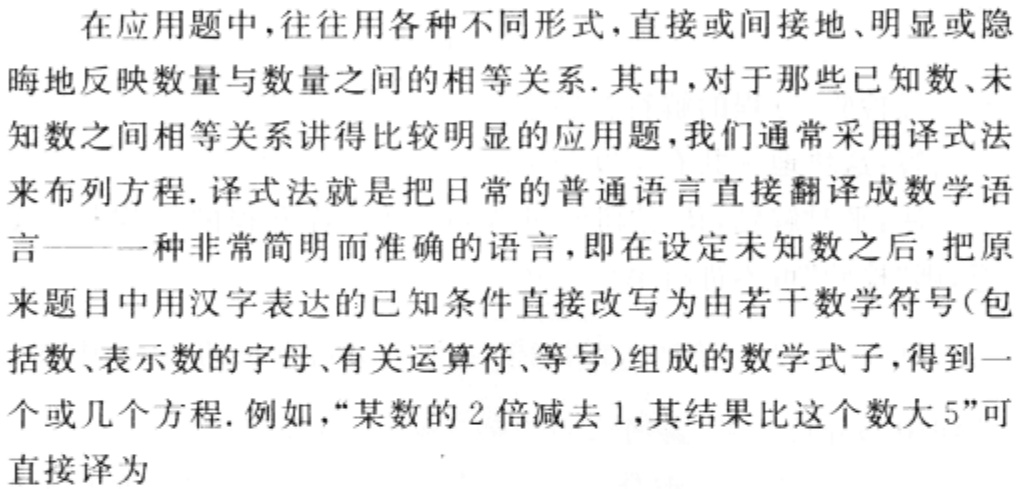
在应用题中，往往用各种不同形式，直接或间接地、明显或隐晦地反映数量与数量之间的相等关系. 其中，对于那些已知数、未知数之间相等关系讲得比较明显的应用题，我们通常采用译式法来布列方程. 译式法就是把日常的普通语言直接翻译成数学语言——一种非常简明而准确的语言，即在设定未知数之后，把原来题目中用汉字表达的已知条件直接改写为由若干数学符号(包括数、表示数的字母、有关运算符、等号)组成的数学式子，得到一个或几个方程. 例如，“某数的 2 倍减去 1，其结果比这个数大 5”可直接译为